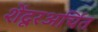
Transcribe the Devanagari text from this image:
शेंदूरअर्चित